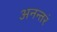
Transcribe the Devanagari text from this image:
अनन्तरं